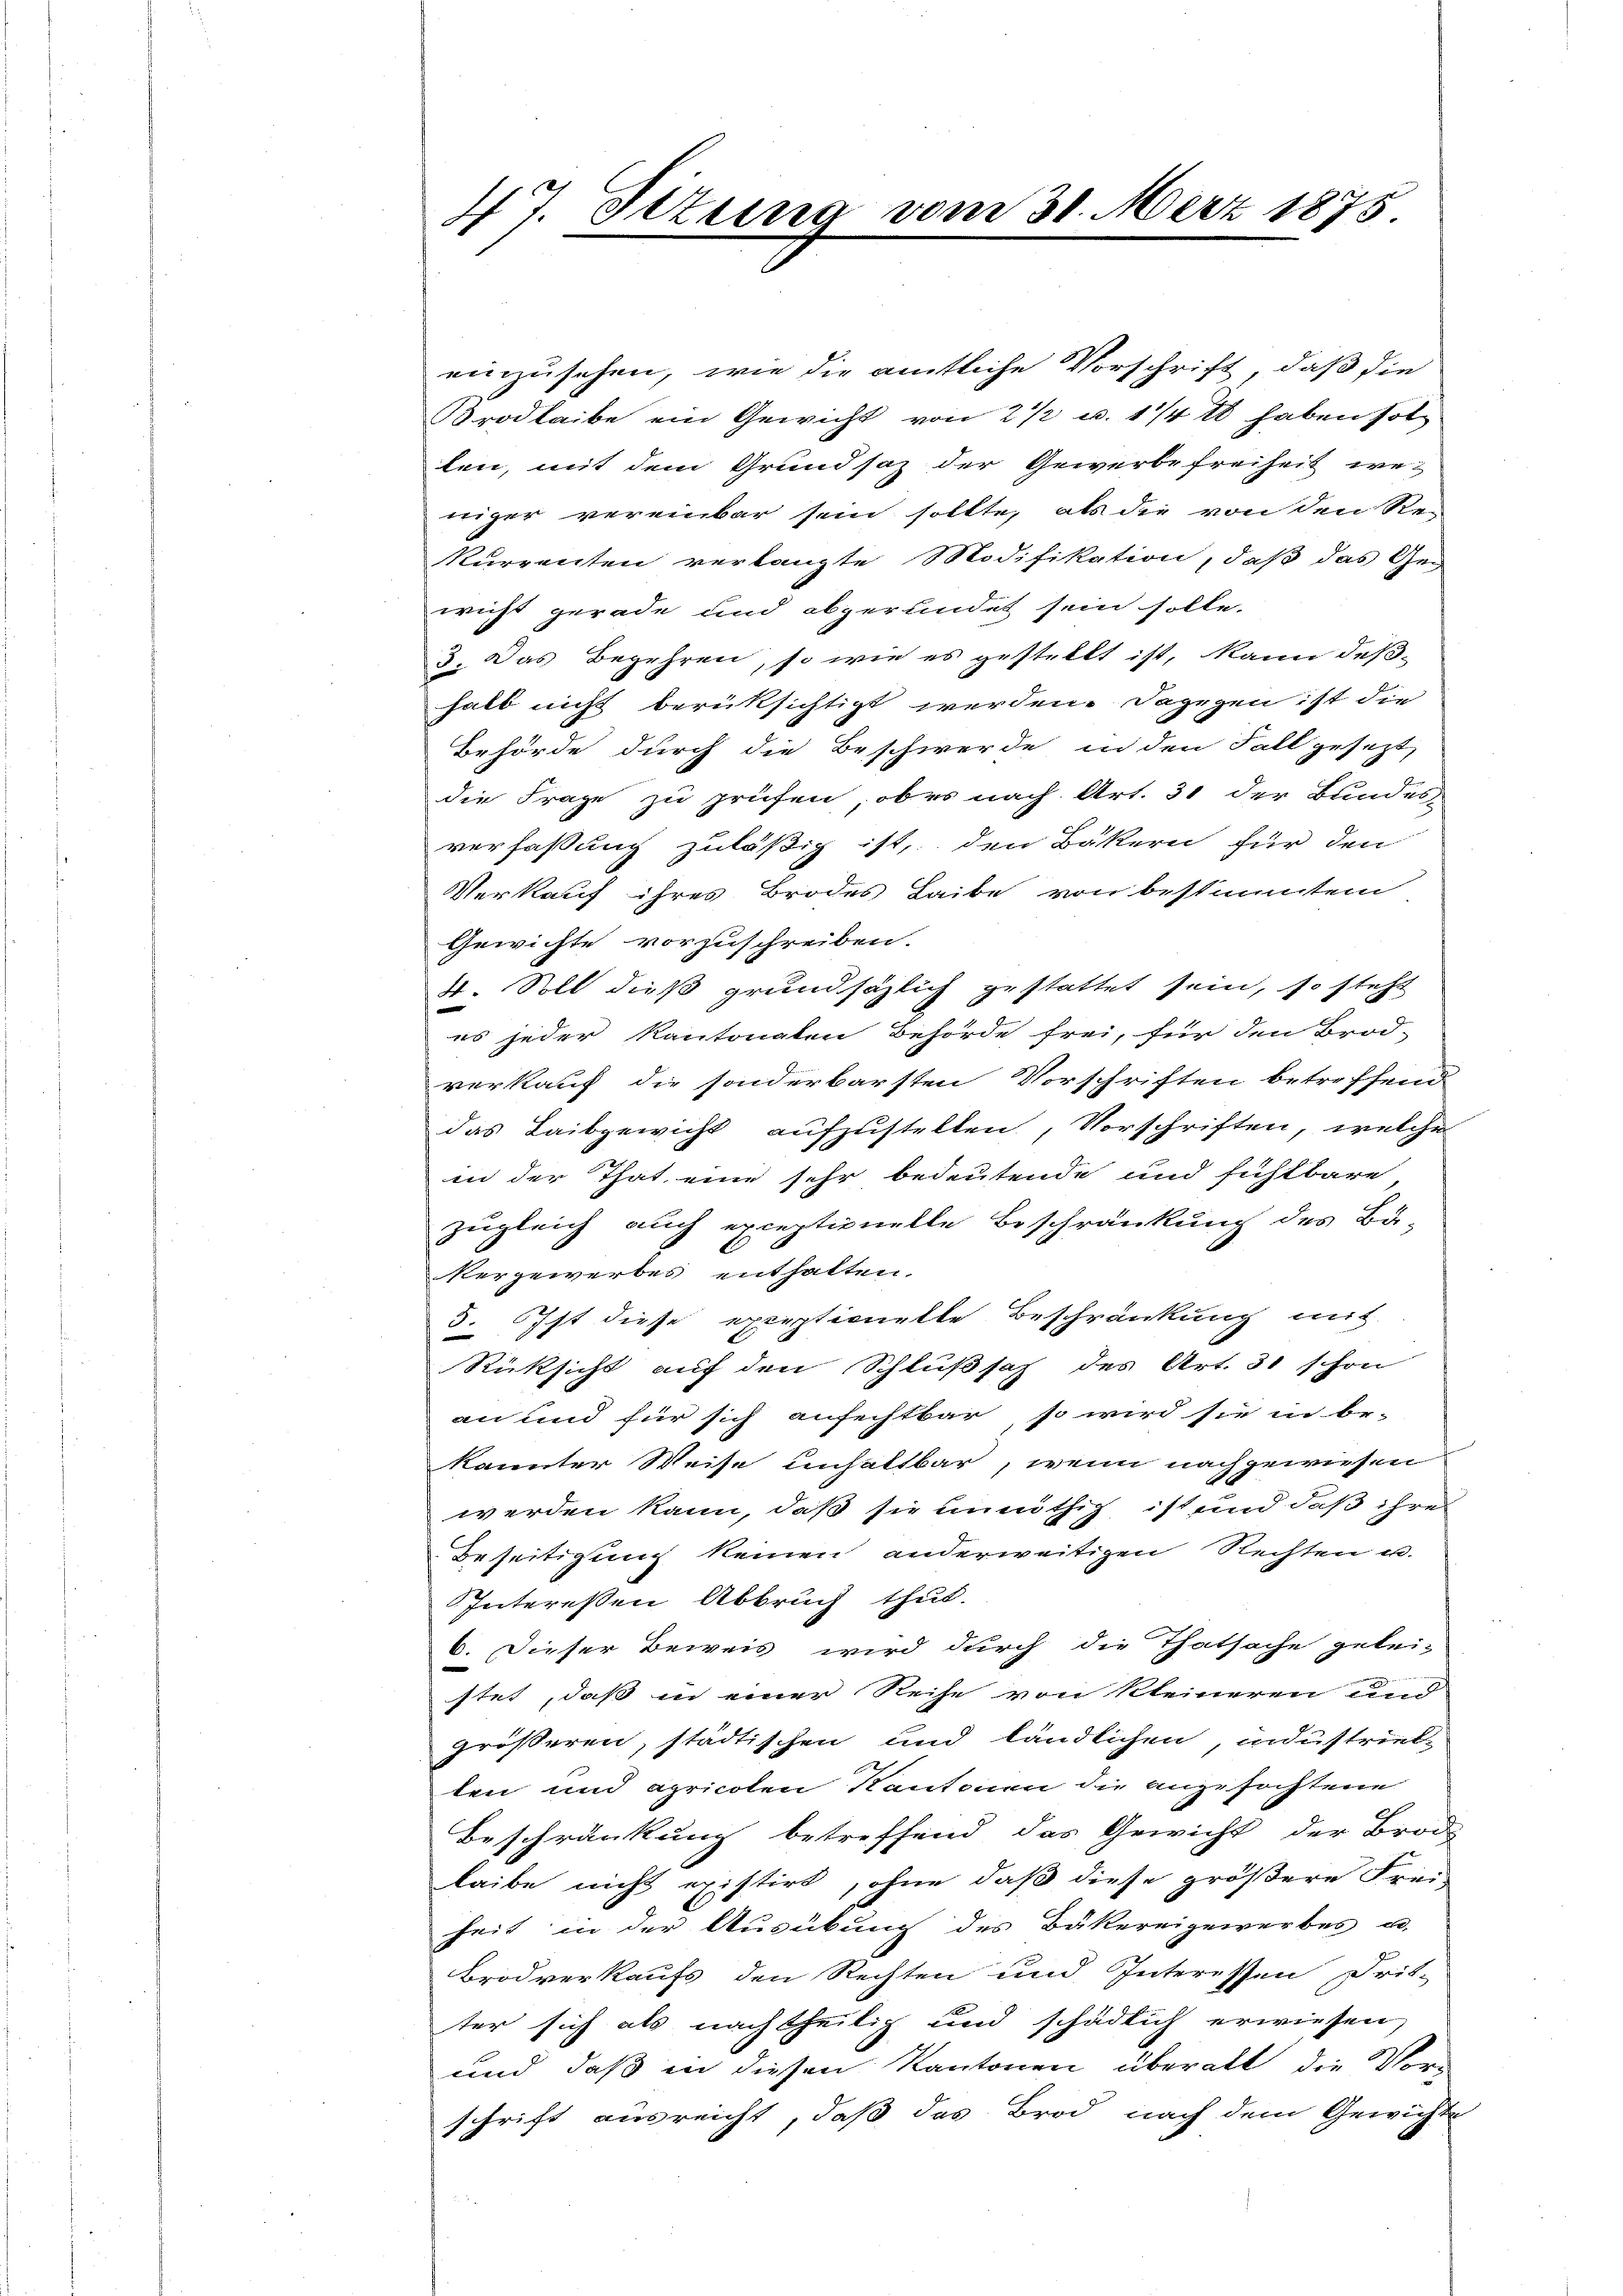
47. Situng

vom 31. März 1875

einzusehen, wie die amtliche Vorschrift, daß die
rodlaibe ein Gewicht von 2 1/2 u. 1/4 18 haben sol
len, mit dem Grundsaz der Gewerbefreiheit weniger vereinbar sein sollte, als die von den Re-
kurrenten verlangte Modifikation, daß das Ge-
wicht gerade und abgerundet sein solle.
3. Das Begehren, so wie es gestellt ist, kann deßhalb nicht berüksichtigt werden. Dagegen ist die
Behörde durch die Beschwerde in den Fall gesezt,
die Frage zu prüfen, ober nach Art. 31 der Bundes-
verfassung zuläßig ist, den Bäkern für den
Verkauf ihres Brodes Leibe von bestimmtem
Gewichte vorzuschreiben.
4. Soll dieß grundsätzlich gestattet sein, so steht
es jeder Kantonalen Behörde frei, für den Brod-
verkauf die sonderbarsten Vorschriften betreffend
das Leibgewicht aufzustellen, Vorschriften, welche
in der That eine sehr bedeutende und sichlbare
zugleich auch exceptionelle Beschränkung des Bä-
Vergewerbes enthalten.
3. Ist diese exceptionelle Beschränkung mit
Rücksicht auf den Schlußsah des Art. 31 schon
an und für sich anfechtbar, so wird sie in be-
kannter Weise einhaltbar, wenn nachgewiesen
werden kann, daß sie unnöthig ist und daß ihre
Beseitigung keinen anderweitigen Rechten u.
Interessen Abbruch thut.
6. Dieser Beweis wird durch die Thatsache gelei-
stet, daß in einer Reihe von kleineren und
größeren, städtischen und ländlichen, industrieb
ten und apricoten Kantonen die angefochtene
Beschränkung betreffend das Gewicht der Brod
leibe nicht existirt, ohne daß diese größere Frei-
heit in der Ausübung des Bäkereigewerbes u.
Brodverkaufs den Rechten und Interessen Drit-
ter sich als nachtheilig und schädlich erwiesen,
und daß in diesen Kantonen überalt die Vorschrift ausreicht, daß das Brod nach dem Gewichte